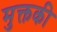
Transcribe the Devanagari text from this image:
मुक्तकी